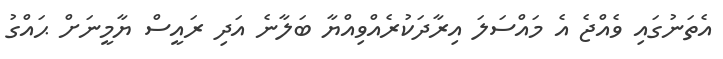
އެތަނުގައި ވެއްޖެ އެ މައްސަލަ އިރާދަކުރެއްވިއްޔާ ބަލާނެ އަދި ރައީސް ޔާމީނަށް ޙައްގު